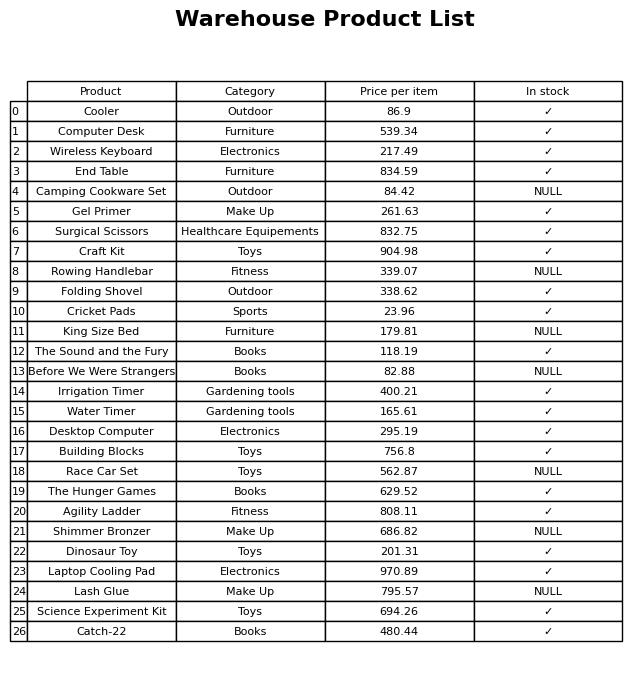
question: What is the stock status of the Science Experiment Kit?
answer: ✓